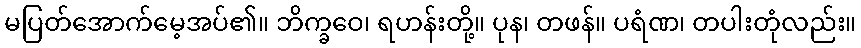
မပြတ်အောက်မေ့အပ်၏။ ဘိက္ခဝေ၊ ရဟန်းတို့။ ပုန၊ တဖန်။ ပရံဏ၊ တပါးတုံလည်း။